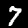
Label: 7